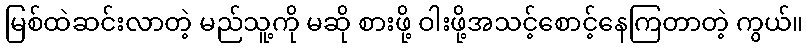
မြစ်ထဲဆင်းလာတဲ့ မည်သူ့ကို မဆို စားဖို့ ဝါးဖို့အသင့်စောင့်နေကြတာတဲ့ ကွယ်။